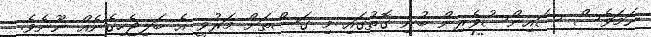
ނަމަވެސް ސައިންސުވެރިން ބުނި ގޮތުގައި މި ގަސްތަށް މަރުވީ އެ ބަލިޖެހިގެނެއް ނޫނެވެ.